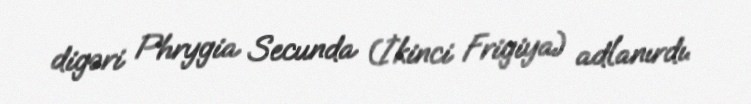
digəri Phrygia Secunda (İkinci Frigiya) adlanırdı.